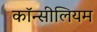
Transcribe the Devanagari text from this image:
कॉन्सीलियम